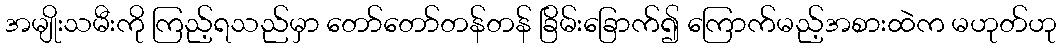
အမျိုးသမီးကို ကြည့်ရသည်မှာ တော်တော်တန်တန် ခြိမ်းခြောက်၍ ကြောက်မည့်အစားထဲက မဟုတ်ဟု